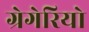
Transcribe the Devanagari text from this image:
ग्रेगेरियो